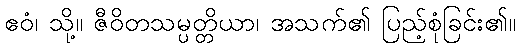
ဧဝံ၊ သို့။ ဇီဝိတသမ္ပတ္တိယာ၊ အသက်၏ ပြည့်စုံခြင်း၏။